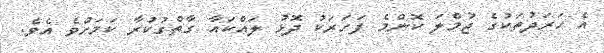
އެ ހަރަދުތަކުގެ ޖުމްލަ ކޮންމެ ފަހަރަކު ދޮޅު ލައްކައާ ގާތްގުކުރާ ކަމަށްވެ އެވެ.